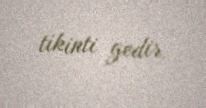
tikinti gedir.